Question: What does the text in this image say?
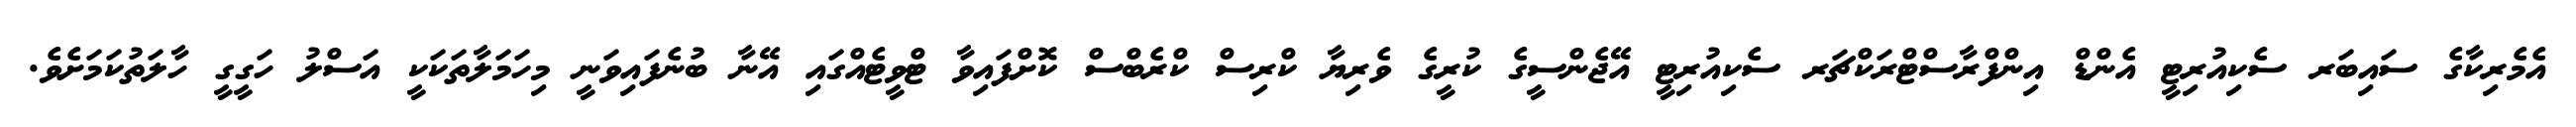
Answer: އެމެރިކާގެ ސައިބަރ ސެކިއުރިޓީ އެންޑް އިންފްރާސްޓްރަކްޗަރ ސެކިއުރިޓީ އޭޖެންސީގެ ކުރީގެ ވެރިޔާ ކްރިސް ކްރެބްސް ކޮށްފައިވާ ޓްވީޓެއްގައި އޭނާ ބުނެފައިވަނީ މިހަމަލާތަކަކީ އަސްލު ހަގީގީ ހާލަތުކަމަށެވެ.